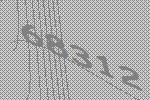
68312